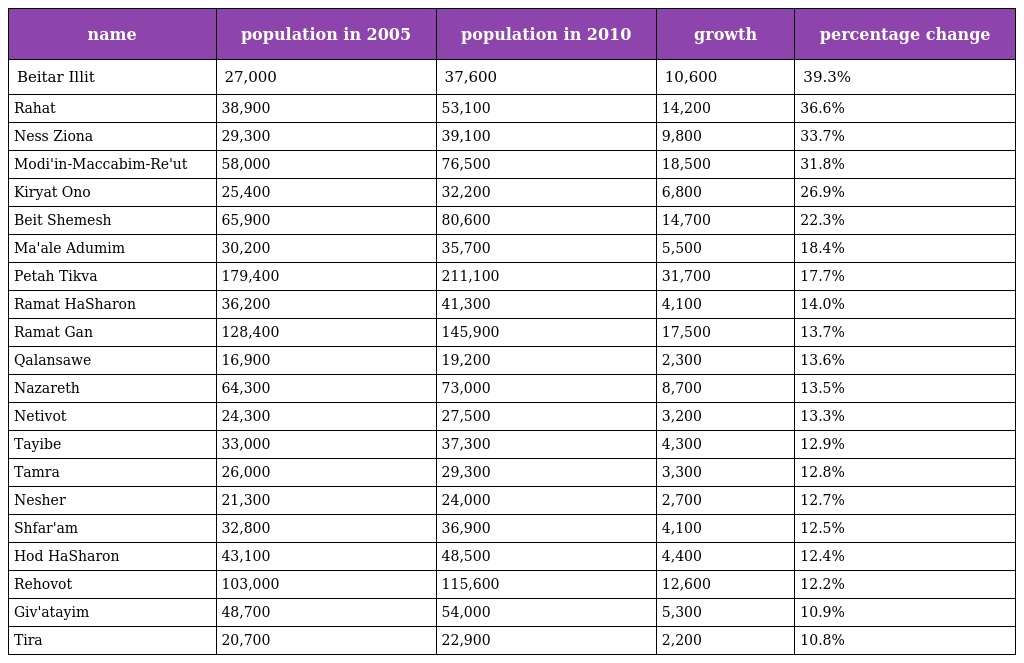
| name | population in 2005 | population in 2010 | growth | percentage change |
 | --- | --- | --- | --- | --- |
 | Beitar Illit | 27,000 | 37,600 | 10,600 | 39.3% |
 | Rahat | 38,900 | 53,100 | 14,200 | 36.6% |
 | Ness Ziona | 29,300 | 39,100 | 9,800 | 33.7% |
 | Modi'in-Maccabim-Re'ut | 58,000 | 76,500 | 18,500 | 31.8% |
 | Kiryat Ono | 25,400 | 32,200 | 6,800 | 26.9% |
 | Beit Shemesh | 65,900 | 80,600 | 14,700 | 22.3% |
 | Ma'ale Adumim | 30,200 | 35,700 | 5,500 | 18.4% |
 | Petah Tikva | 179,400 | 211,100 | 31,700 | 17.7% |
 | Ramat HaSharon | 36,200 | 41,300 | 4,100 | 14.0% |
 | Ramat Gan | 128,400 | 145,900 | 17,500 | 13.7% |
 | Qalansawe | 16,900 | 19,200 | 2,300 | 13.6% |
 | Nazareth | 64,300 | 73,000 | 8,700 | 13.5% |
 | Netivot | 24,300 | 27,500 | 3,200 | 13.3% |
 | Tayibe | 33,000 | 37,300 | 4,300 | 12.9% |
 | Tamra | 26,000 | 29,300 | 3,300 | 12.8% |
 | Nesher | 21,300 | 24,000 | 2,700 | 12.7% |
 | Shfar'am | 32,800 | 36,900 | 4,100 | 12.5% |
 | Hod HaSharon | 43,100 | 48,500 | 4,400 | 12.4% |
 | Rehovot | 103,000 | 115,600 | 12,600 | 12.2% |
 | Giv'atayim | 48,700 | 54,000 | 5,300 | 10.9% |
 | Tira | 20,700 | 22,900 | 2,200 | 10.8% |